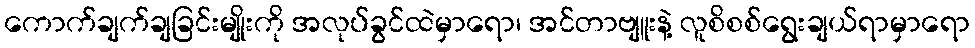
ကောက်ချက်ချခြင်းမျိုးကို အလုပ်ခွင်ထဲမှာရော၊ အင်တာဗျူးနဲ့ လူစိစစ်ရွေးချယ်ရာမှာရော